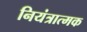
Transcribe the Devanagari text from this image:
नियंत्रात्मक